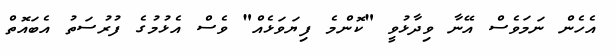
އެހެން ނަމަވެސް އޭނާ ވިދާޅުވީ "ކޮންމެ ފިޔަވަޅެއް" ވެސް އެޅުމުގެ ފުރުސަތު އެބައޮތް